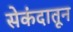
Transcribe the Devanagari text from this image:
सेकंदातून